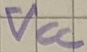
Text: VCC